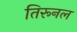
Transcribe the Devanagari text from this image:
तिरूनल